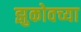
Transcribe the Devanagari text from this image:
झुकोवच्या